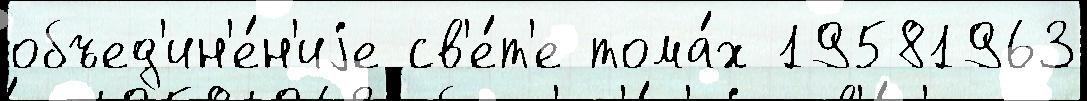
объед'ин'е́н'иjе св'е́т'е тома́х 19581963